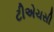
ટીએચસી